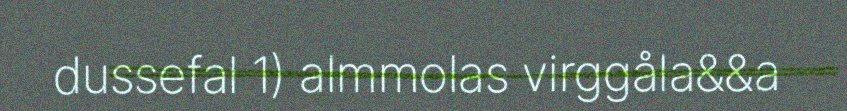
dussefal 1) almmolas virggåla&&a